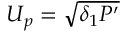
U _ { p } = \sqrt { \delta _ { 1 } P ^ { \prime } }